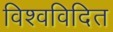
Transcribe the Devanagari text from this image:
विश्वविदित